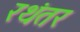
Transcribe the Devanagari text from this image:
रथंतर